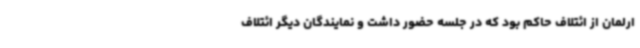
ارلمان از ائتلاف حاکم بود که در جلسه حضور داشت و نمایندگان دیگر ائتلاف